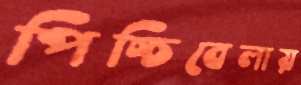
পিচ্চিবেলায়